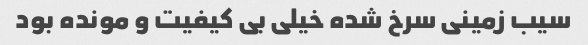
سیب زمینی سرخ شده خیلی بی کیفیت و مونده بود